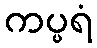
ကပ္ပရံ